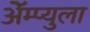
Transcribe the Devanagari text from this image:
ॲेम्प्युला